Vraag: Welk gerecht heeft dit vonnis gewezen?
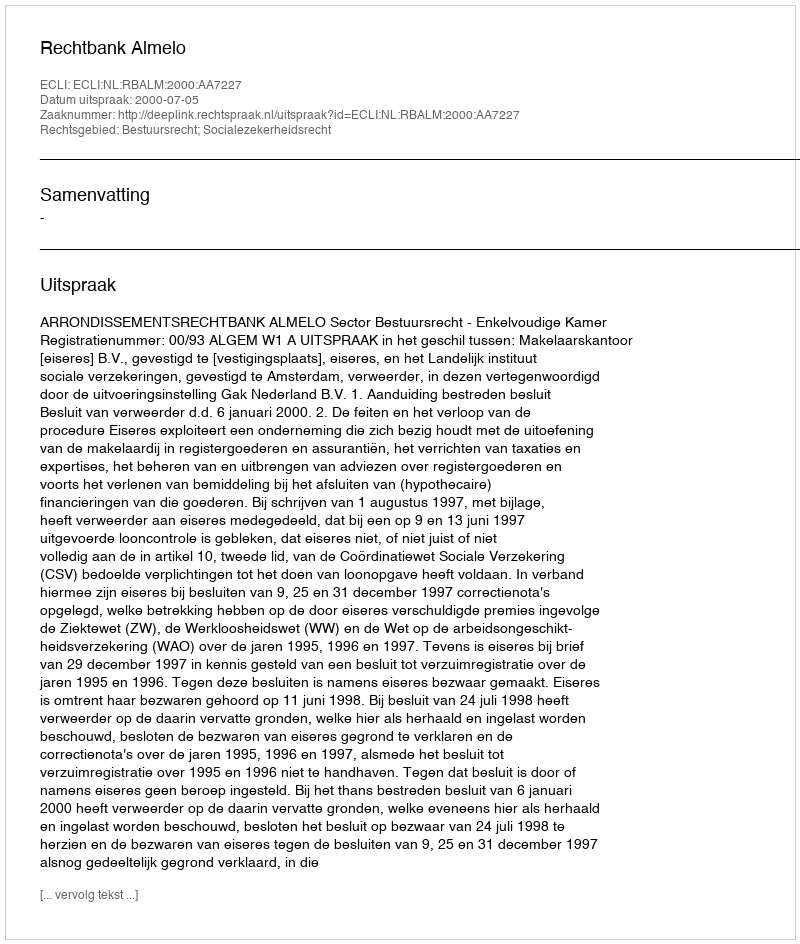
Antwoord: Rechtbank Almelo